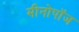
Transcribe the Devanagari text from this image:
मीनोपॉज